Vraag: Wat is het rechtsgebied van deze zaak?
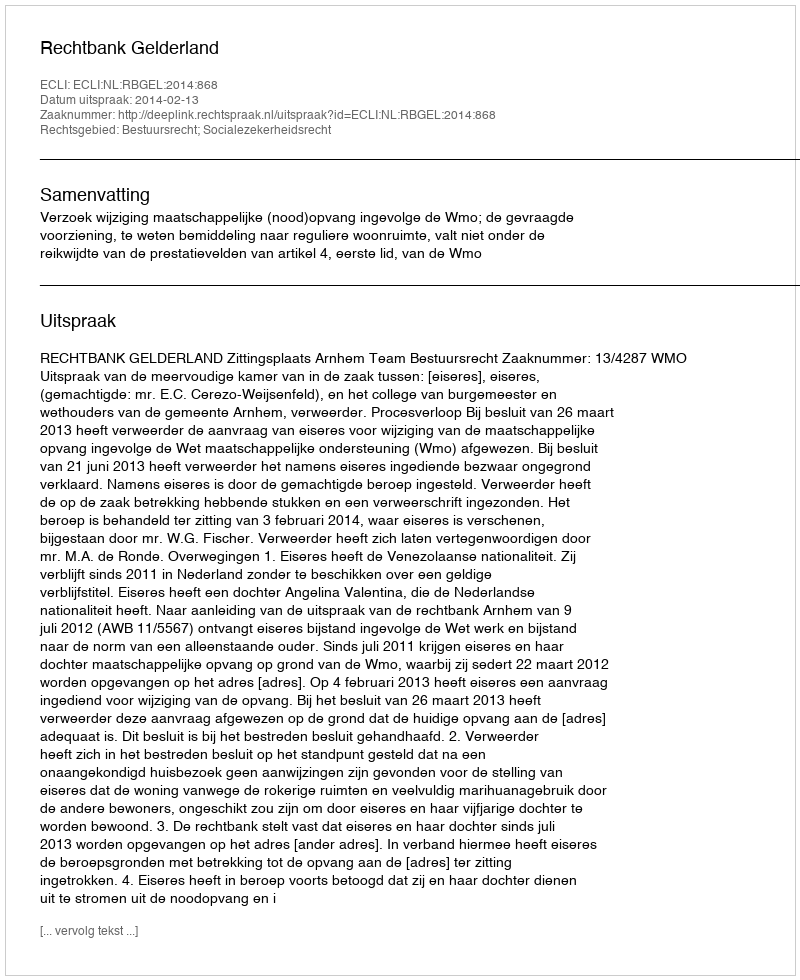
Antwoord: Bestuursrecht; Socialezekerheidsrecht